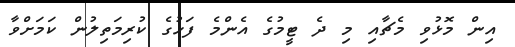
އިން މޮޅުވި މެޗާއި މި ދެ ޓީމުގެ އެންމެ ފަހުގެ ކުރިމަތިލުން ކަމަށްވާ